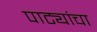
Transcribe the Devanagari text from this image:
पाट्यांचा